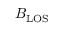
B _ { \mathrm { L O S } }